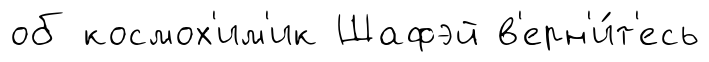
об космох'им'ик Шафэй в'ерн'и́т'есь